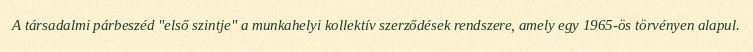
A társadalmi párbeszéd "első szintje" a munkahelyi kollektív szerződések rendszere, amely egy 1965-ös törvényen alapul.